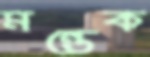
মন্তেক